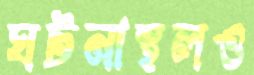
ঘটনাস্থলও